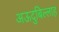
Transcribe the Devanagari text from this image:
अऊदुबिल्लाह